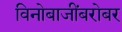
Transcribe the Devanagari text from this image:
विनोबाजींबरोबर